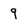
Character: 9